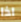
اذا